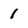
Character: 1